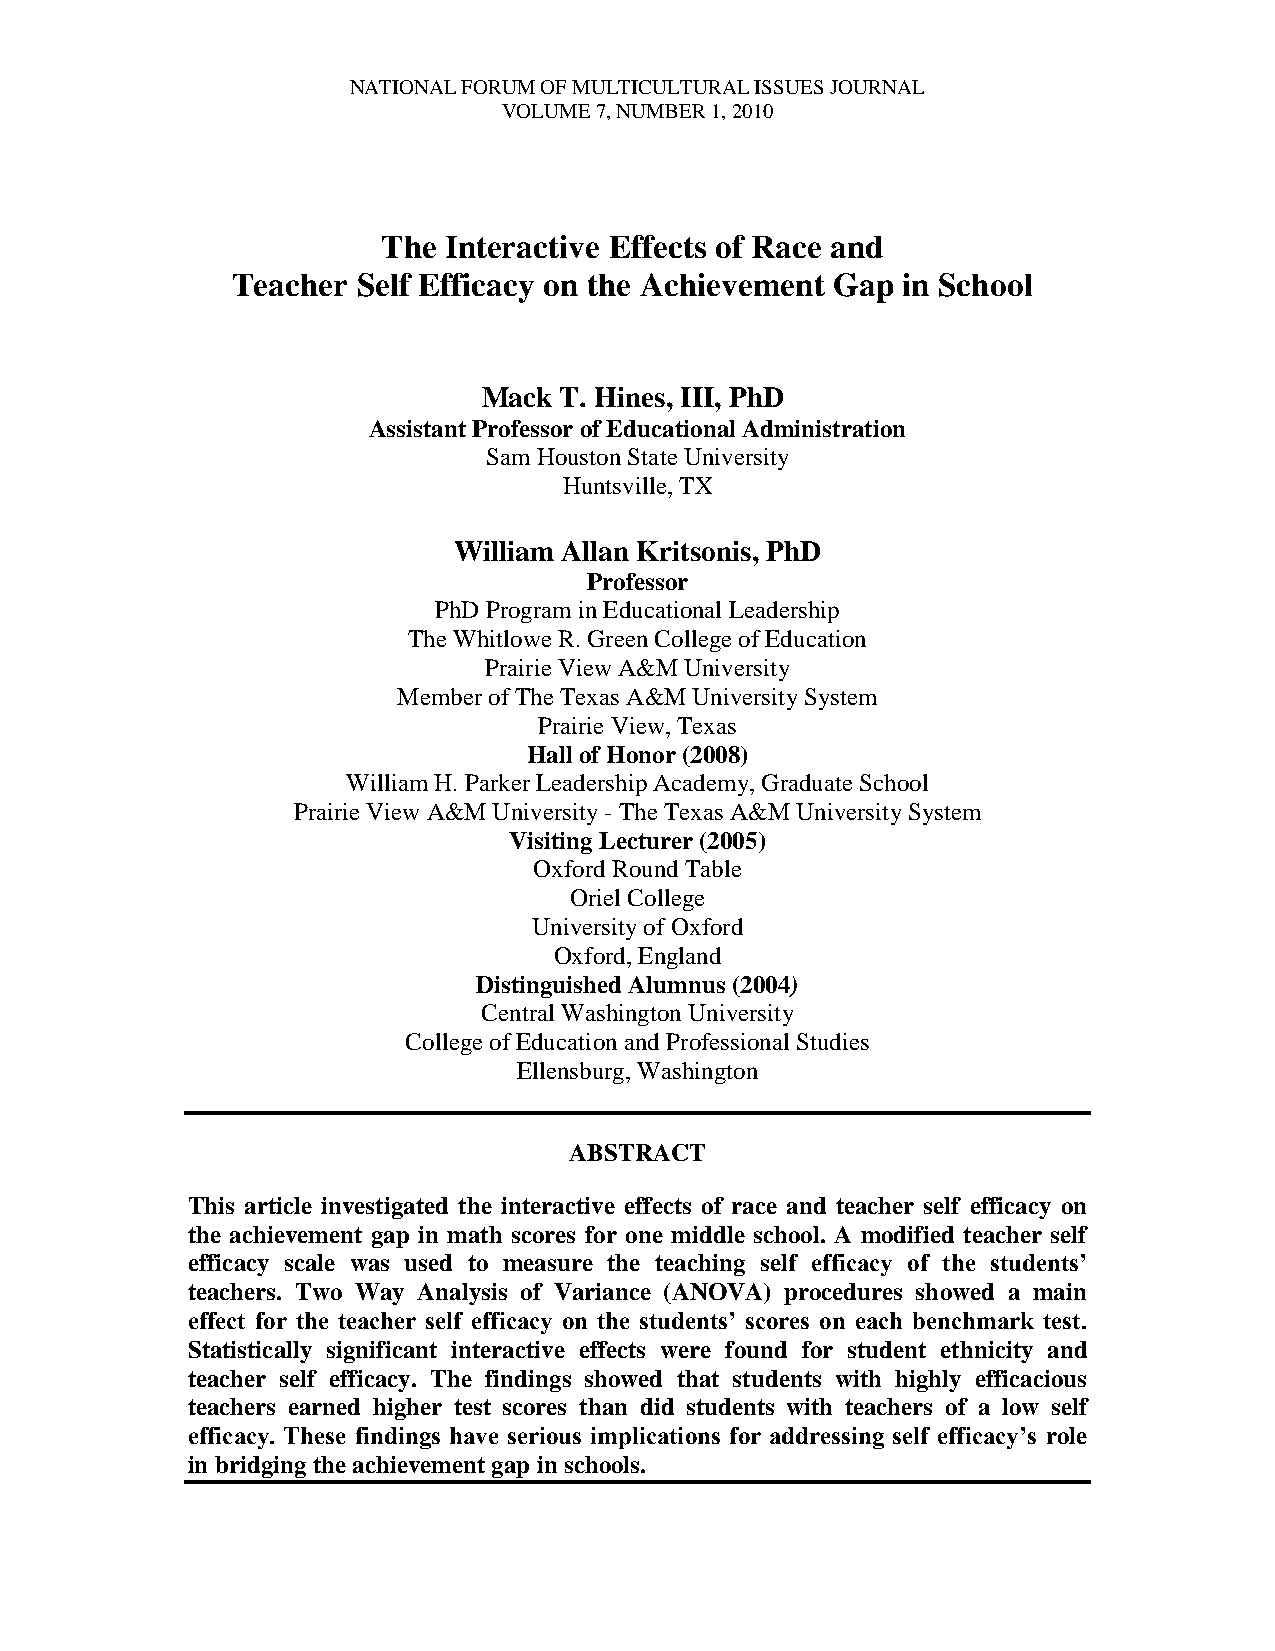
NATIONAL FORUM OF MULTICULTURAL ISSUES JOURNAL
 VOLUME 7, NUMBER 1, 2010
 The Interactive Effects of Race and
 Teacher  Self Efficacy on the Achievement Gap in School
 Mack T. Hines, III, PhD
 Assistant Professor of Educational Administration
 Sam Houston State University
 Huntsville, TX
 William Allan Kritsonis, PhD
 Professor
 PhD Program in Educational Leadership
 The Whitlowe R. Green College of Education
 Prairie View A&M University
 Member of The Texas A&M University System
 Prairie View, Texas
 Hall of Honor (2008)
 William H. Parker Leadership Academy, Graduate School
 Prairie View A&M University - The Texas A&M University System
 Visiting Lecturer (2005)
 Oxford Round Table
 Oriel College
 University of Oxford
 Oxford, England
 Distinguished Alumnus (2004)
 Central Washington University
 College of Education and Professional Studies
 Ellensburg, Washington
 ABSTRACT
 This article investigated the interactive effects of race and teacher self efficacy on
 the achievement gap in math scores for one middle school. A modified teacher self
 efficacy scale was used to measure the teaching self efficacy of the students’
 teachers. Two Way Analysis of Variance (ANOVA) procedures showed a main
 effect for the teacher self efficacy on the students’ scores on each benchmark test.
 Statistically significant interactive effects were found for student ethnicity and
 teacher self efficacy. The findings showed that students with highly efficacious
 teachers earned higher test scores than did students with teachers of a low self
 efficacy. These findings have serious implications for addressing self efficacy’s role
 in bridging the achievement gap in schools.